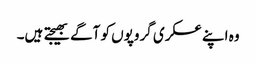
وہ اپنے عسکری گروپوں کو آگے بھیجتے ہیں۔